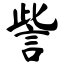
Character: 訾